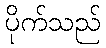
ပိုက်သည်